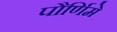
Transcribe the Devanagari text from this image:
पौर्णिमे